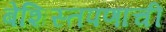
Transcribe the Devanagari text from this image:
बेशिस्तपणाची